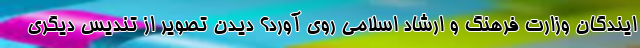
ایندگان وزارت فرهنگ و ارشاد اسلامی روی آورد؟ دیدن تصویر از تندیس دیگری